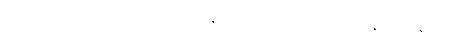
ဒဿေတုံ “အပ္ပမတ္တကံ ခေါ ပနေတံ, ဘိက္ခဝေ”တိ ဒေသနာ အာရဒ္ဓါ။